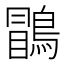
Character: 𪃑